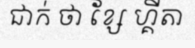
ជាក់ ថា ខ្សែ ហ្គីតា